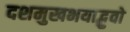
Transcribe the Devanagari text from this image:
दशमुखभयाद्भुवो